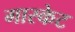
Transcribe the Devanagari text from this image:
गास्केट